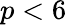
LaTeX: p<6